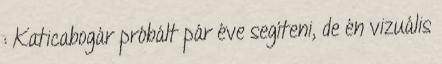
: Katicabogár próbált pár éve segíteni, de én vizuális